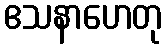
ဧသနာဟေတု